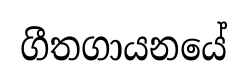
ගීතගායනයේ